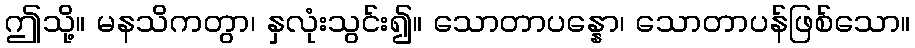
ဤသို့။ မနသိကတွာ၊ နှလုံးသွင်း၍။ သောတာပန္နော၊ သောတာပန်ဖြစ်သော။